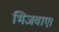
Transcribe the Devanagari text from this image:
भिजवाए।